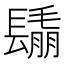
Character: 𨲰